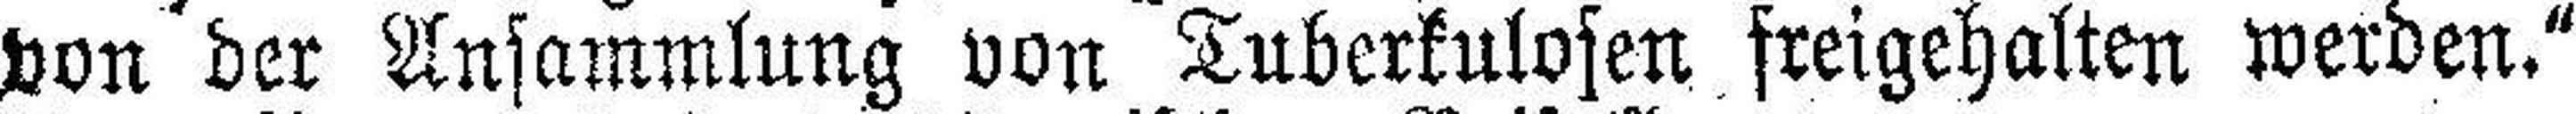
von der Ansammlung von Tuberkulosen freigehalten werden.“